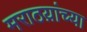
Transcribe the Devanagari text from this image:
मराठय़ांच्या